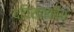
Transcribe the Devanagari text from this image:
द्विशतकीय